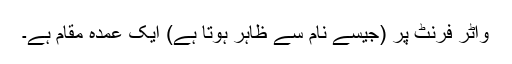
واٹر فرنٹ پر (جیسے نام سے ظاہر ہوتا ہے) ایک عمدہ مقام ہے۔